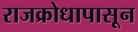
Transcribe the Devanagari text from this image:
राजक्रोधापासून